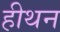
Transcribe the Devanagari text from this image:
हीथन